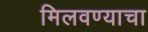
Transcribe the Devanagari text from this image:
मिलवण्याचा